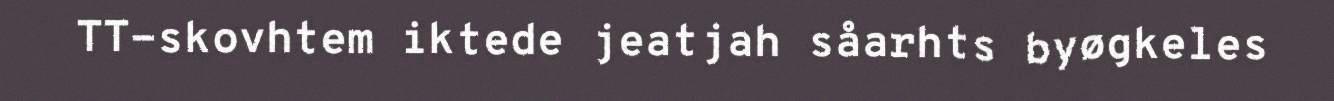
TT-skovhtem iktede jeatjah såarhts byøgkeles